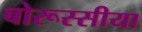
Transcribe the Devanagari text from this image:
बोरूस्सीया